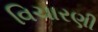
વિચારણી